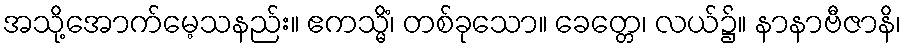
အသို့အောက်မေ့သနည်း။ ဧကသ္မိံ၊ တစ်ခုသော။ ခေတ္တေ၊ လယ်၌။ နာနာဗီဇာနိ၊